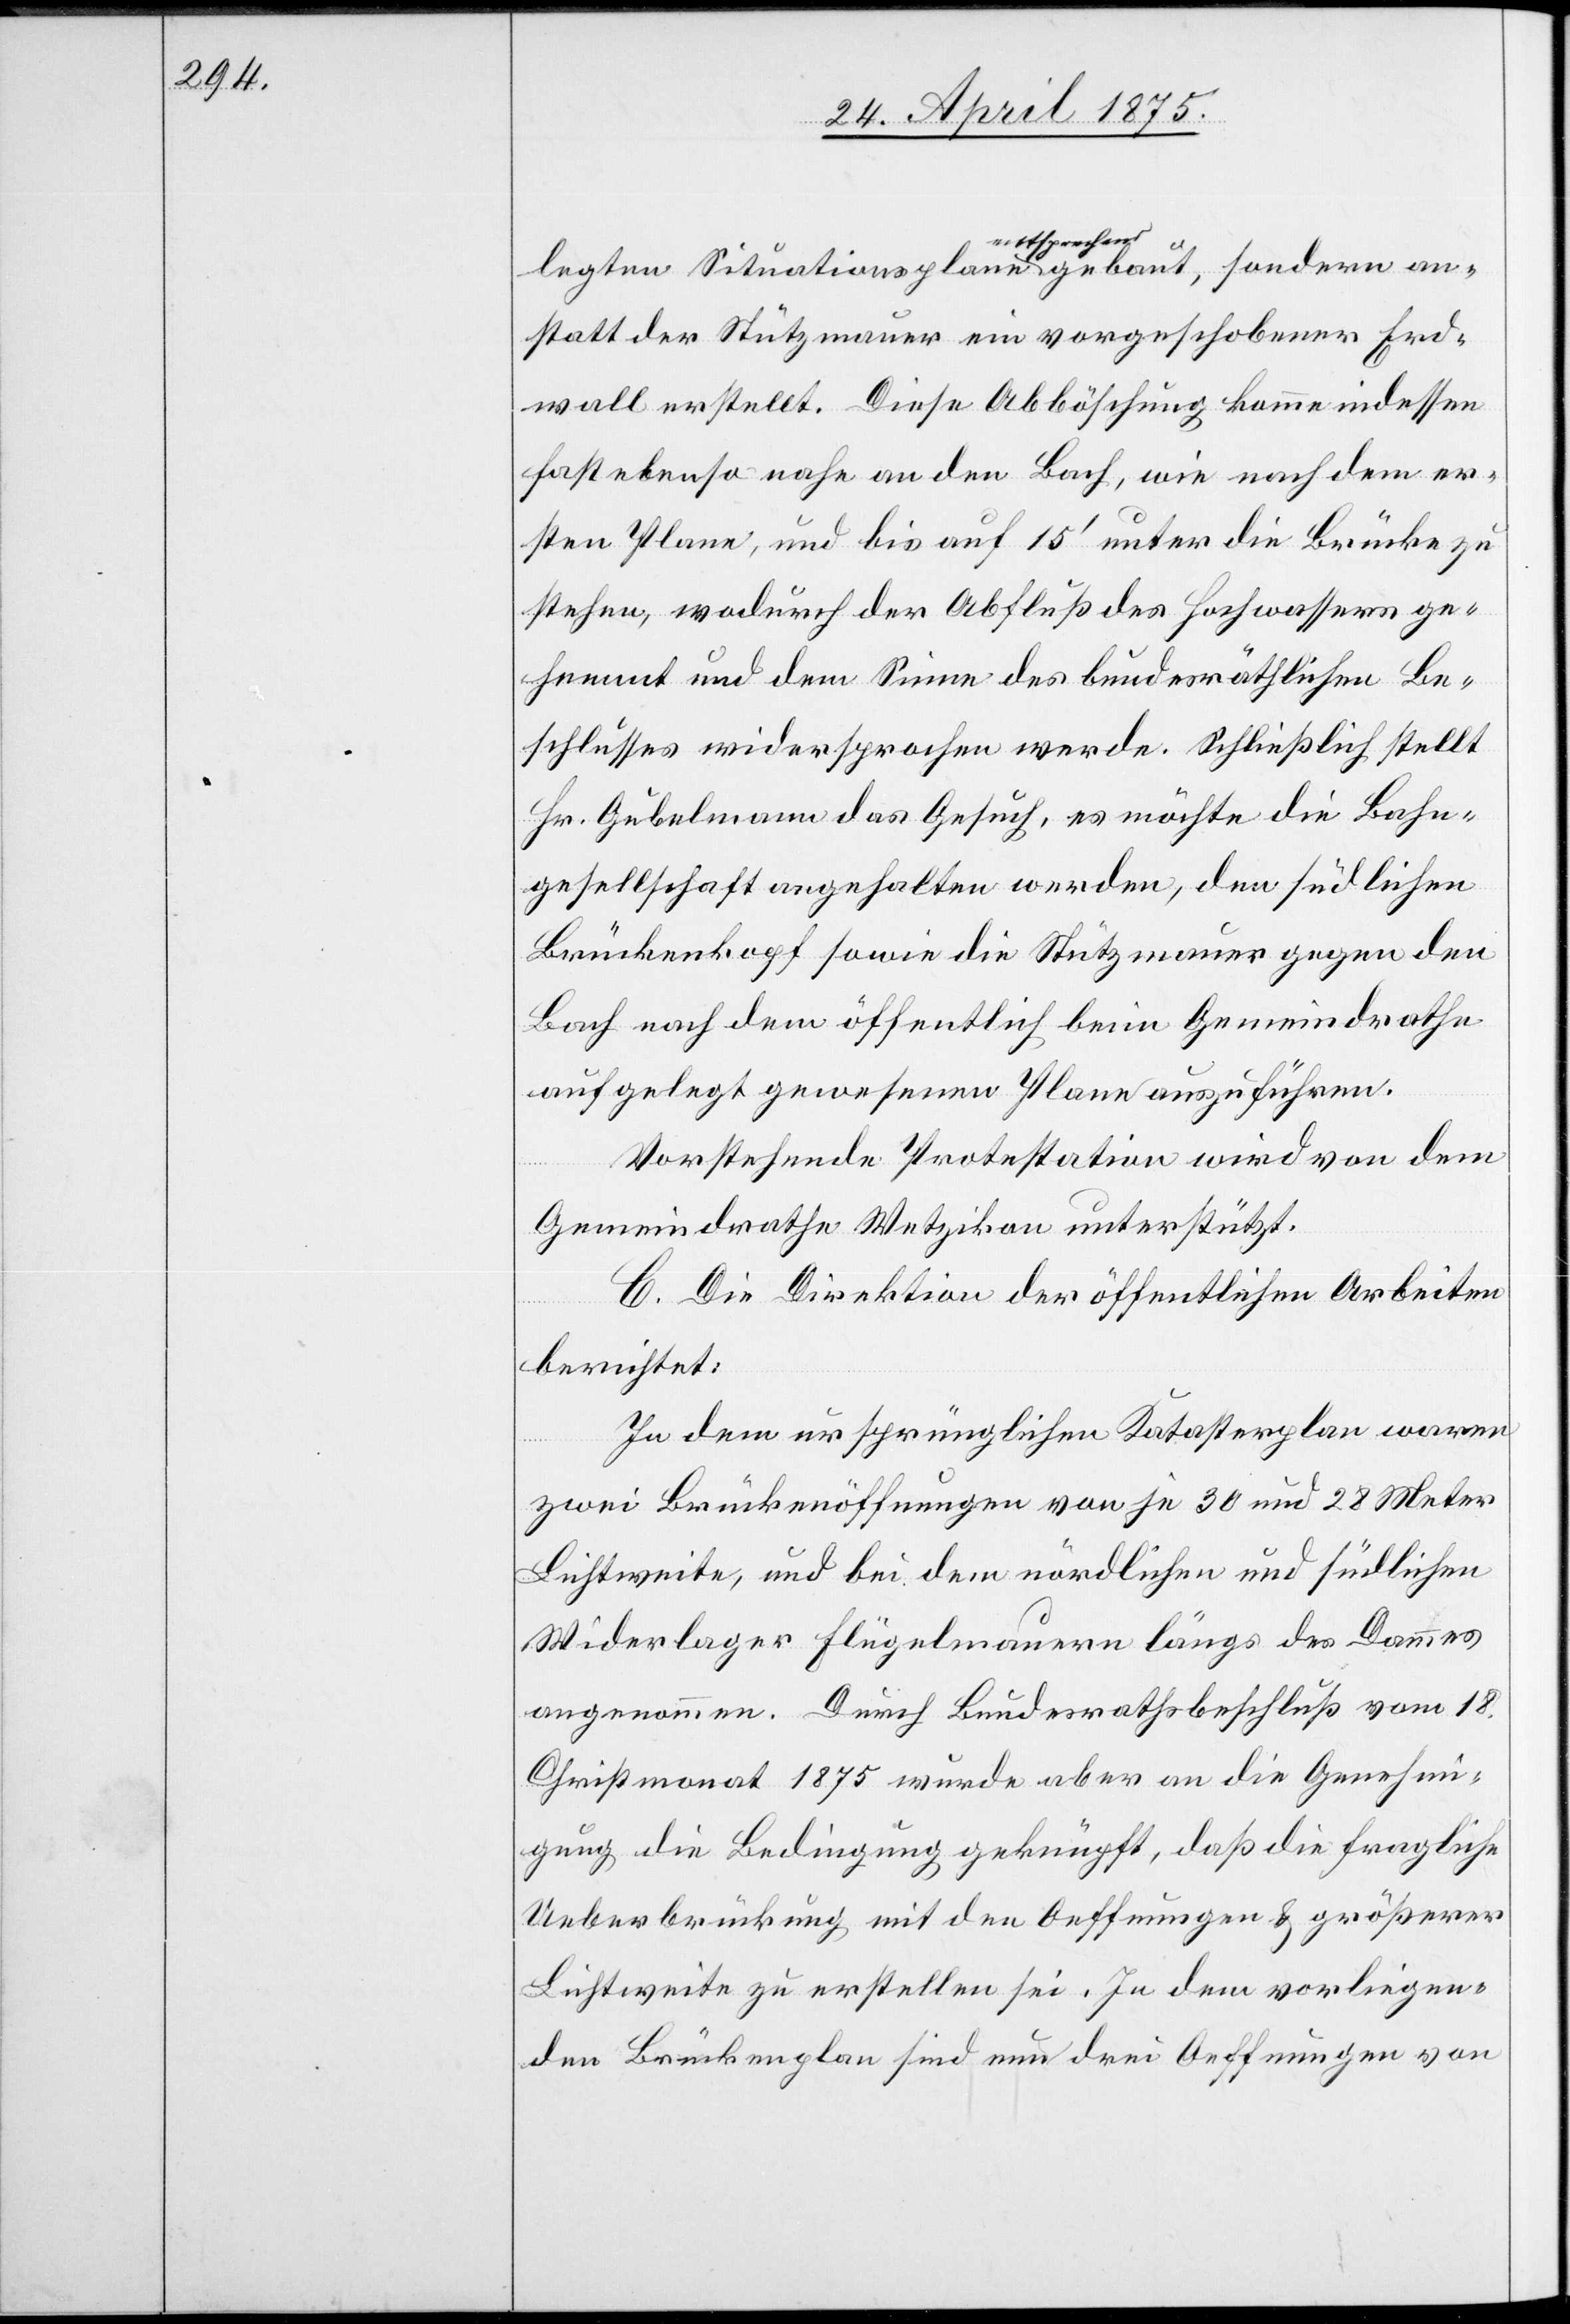
entsprechend
anstatt der Stützmauer ein vorgeschobener Erd¬
wall erstellt. Diese Abböschung komme indessen
fast ebenso nahe an den Bach, wie nach dem er¬
sten Plane, und bis auf 16‘ unter die Brücke zu
stehen, wodurch der Abfluß des Hochwassers ge¬
hemmt und dem Sinne des bundesräthlichen Be¬
schlusses widersprochen werden. Schließlich stellt
Hr. Gubelmann das Gesuch, es möchte die Bahn¬
gesellschaft angehalten werden, den südlichen
Brückenkopf sowie die Stützmauer gegen den
Bach nach dem öffentlich beim Gemeindrath
aufgelegt gewesenen Plane auszuführen.
Vorstehende Protestation wird von dem
Gemeindrath Wetzikon unterstützt.
C. Die Direktion der öffentlichen Arbeiten
berichtet:
In dem ursprünglichen Katasterplan waren
zwei Brückenöffnungen von je 30 und 28 Meter
Lichtweite, und bei dem nördlichen und südlichen
Widerlager Flügelmauern längs des Dammes
angenommen. Durch Bundesrathsbeschluß vom 18.
Christmonat 1875 wurde aber an die Genehmi¬
gung die Bedingung geknüpft, daß die fragliche
Ueberbrückung mit den Oeffnungen & größerer
Lichtweite zu erstellen sei. In dem vorliegen¬
den Brückenplan sind nun drei Oeffnungen von